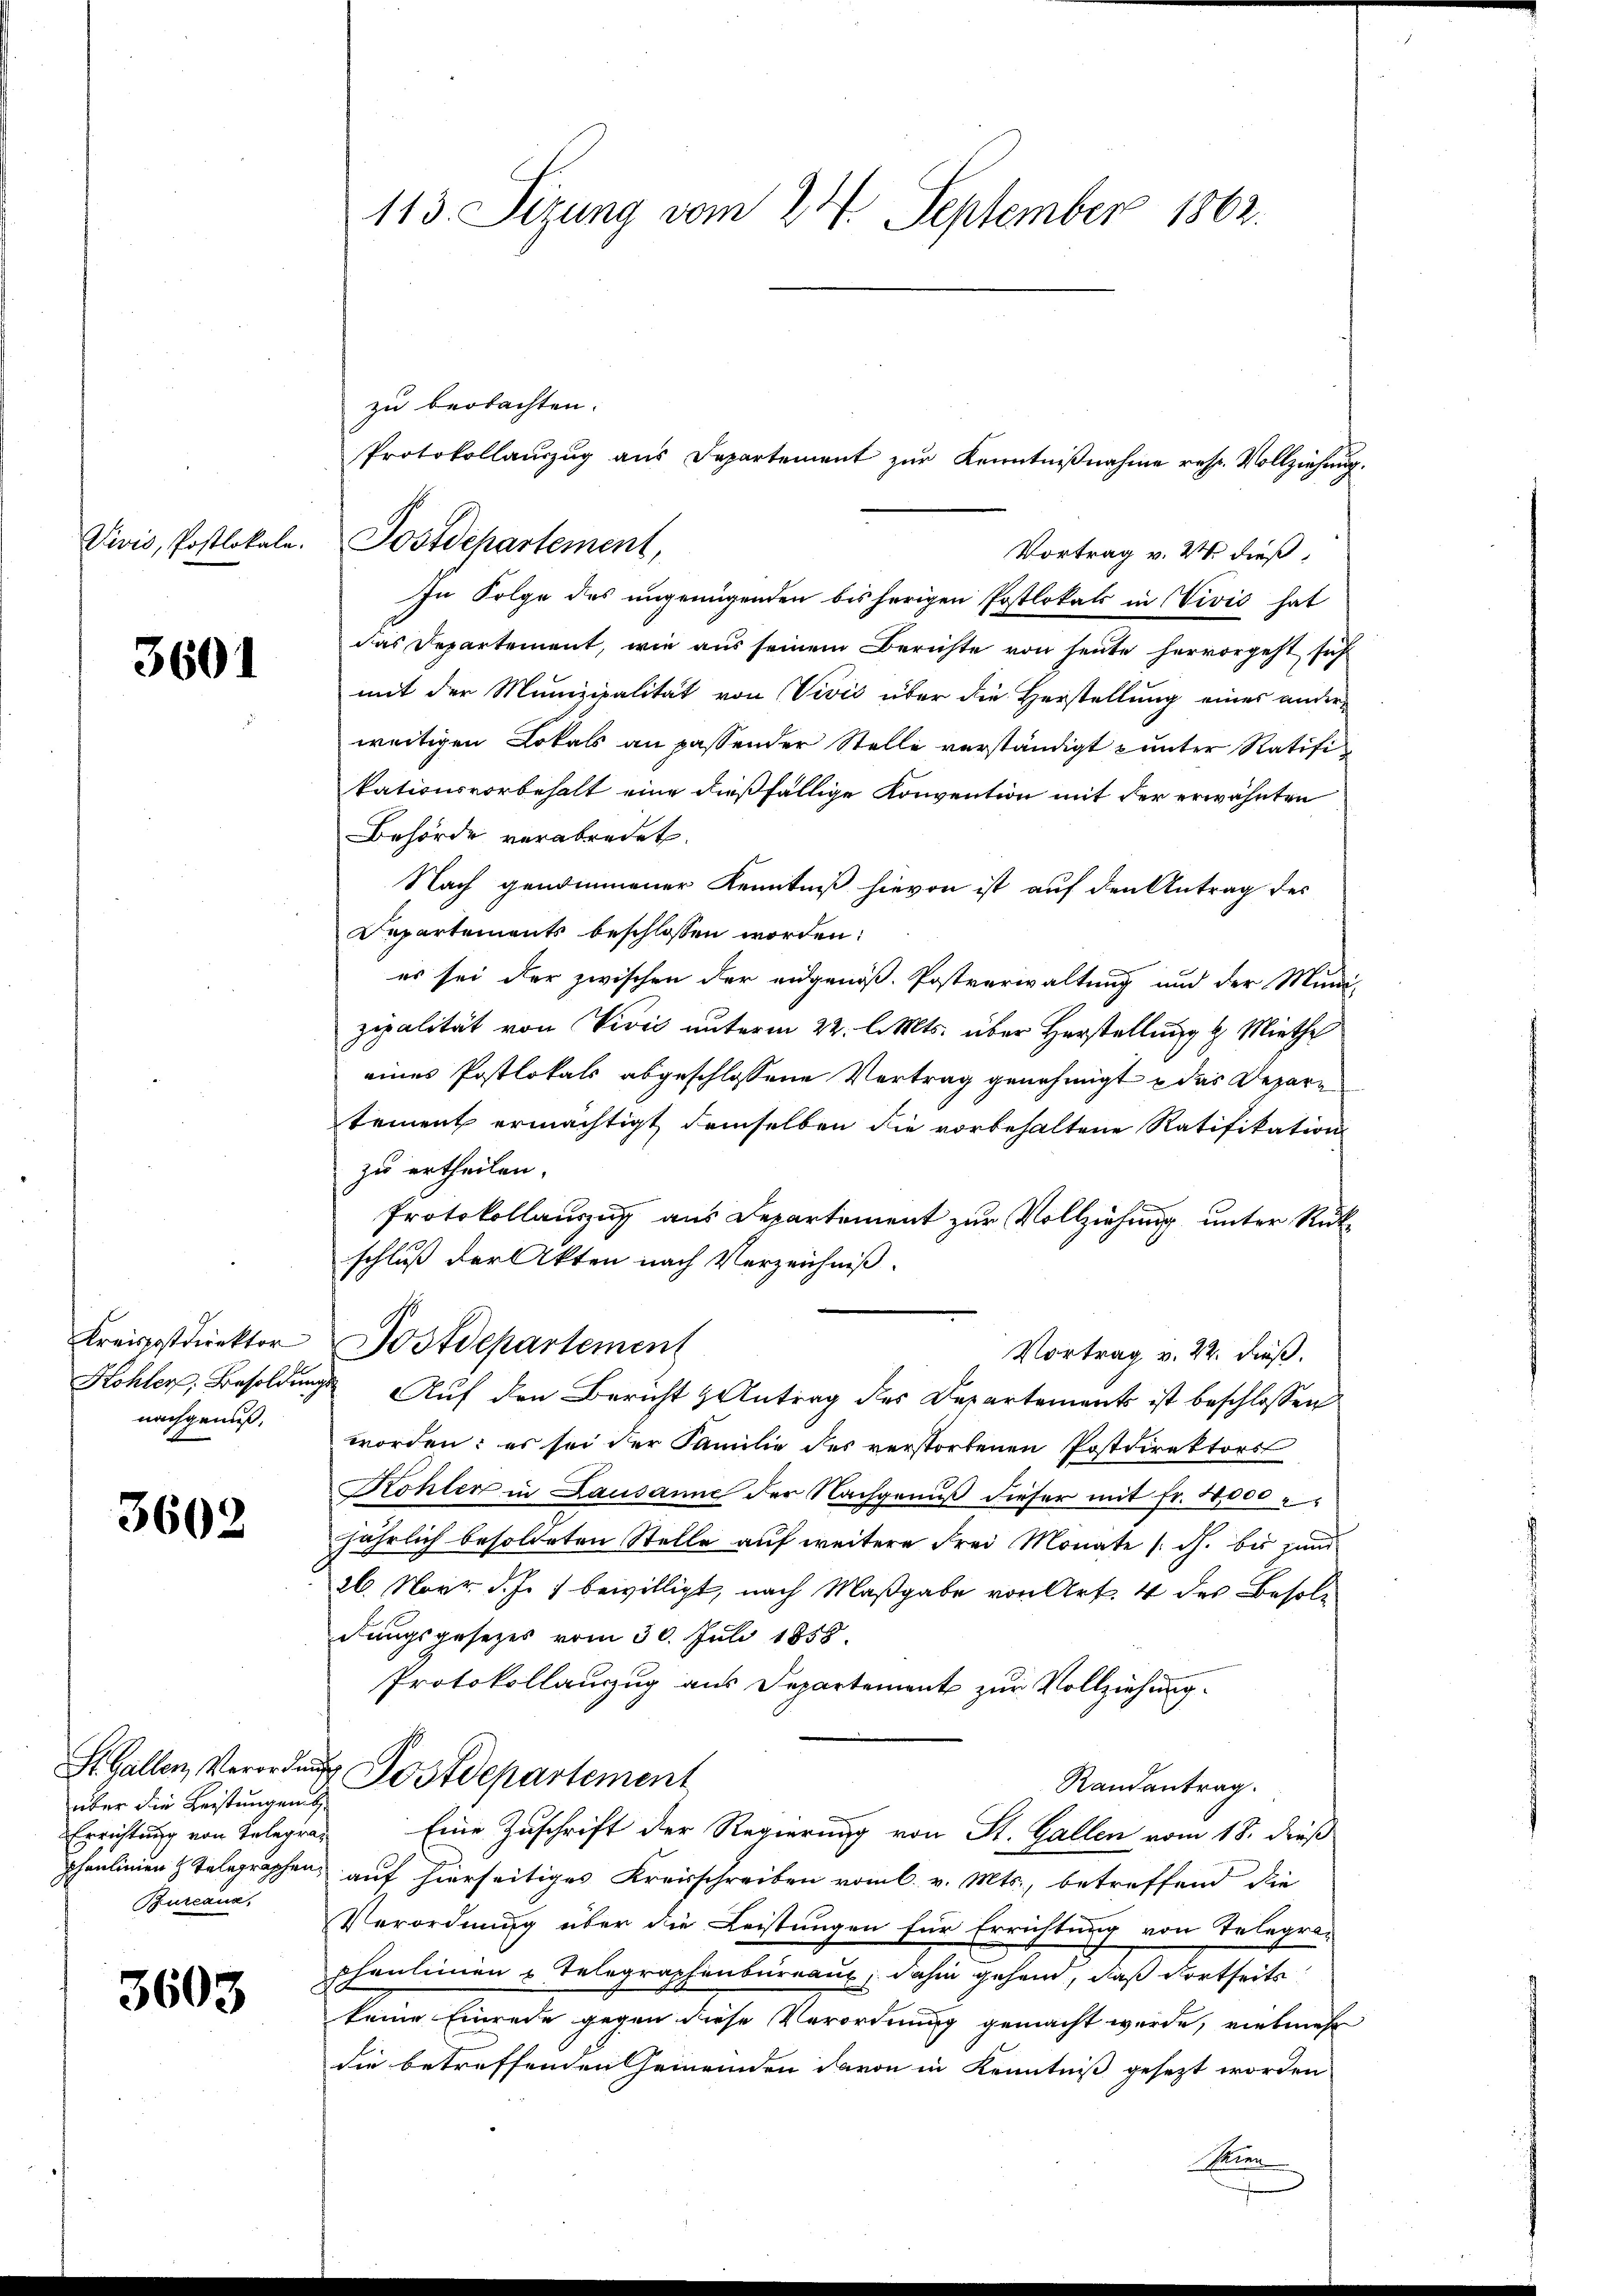
uni, Posttotale.

3601

Kreispostdirektor
Kohler, Besoldun
nachgenuß.

3602

St. Gallen, Verordnung
über die Leistungen
Errichtung von Telegra¬
Bureaux,

3603

113. Sizung vom 24. September 1862.

zu beobachten.
Protokollauszug aus Departement zur Kenntnißnahme resp. Vollziehung.
Vortrag v. 2. dieß,
In Folge des ungenügenden bisherigen Postlokals in Vivić hat
das Departement, wie aus seinem Berichte von heute hervorgeht sich
mit der Munizipalität von Vivić über die Herstellung eines ander-
weitigen Lokals an passender Stelle verständigt unter Ratifikationsvorbehalt eine dießfällige Konvention mit der erwähnten
Behörde verabredet.
Nach genommener Kenntniß hievon ist auf den Antrag des
Departements beschlossen worden:
es sei der zwischen der eidgenöß. Postverwaltung und der Muni-
zipalität von Vivić unterm 22. l. Mts. über Herstellung d. Miethe
eines Postlokals abgeschlossene Vertrag genehmigt u das Depara
tement ermächtigt, demselben die vorbehaltene Ratifikation
zu ertheilen.
Protokollauszug aus Departement zur Vollziehung unter Rükschluß der Akten nach Verzeichniß.
ostdepartement
Vortrag v. 22. dieß.
ig Auf den Bericht Antrag des Departements ist beschlossen
worden: es sei der Familie des verstorbenen Postdirektors
Kohler in Lausanne der Nachgenuß dieser mit Fr. 10000
jährlich besoldeten Stelle auf weitere Frei Monate sch. bis zum
26. Nov. d. J. bewilligt, nach Maßgabe von Art. 4 des Besoldungsgesetzes vom 30. Juli 1858.
Protokollauszug aus Departement zur Vollziehung.
Postdepartement
Randantrag.
Eine Zuschrift der Regierung von St. Gallen vom 18. dieß
phaulinien & Telegraphen, auf hierseitiges Kreisschreiben vom 6. v. Mts., betreffend die
Verordnung über die Leistungen für Errichtung von Telegraphaulinien & Telegraphenbureaus; dahin gehend, daß dortseits
keine Einrede gegen diese Verordnung gemacht wurde, vielmehr
die betreffenden Gemeinden davon in Kenntniß gesezt worden
Maien

Postdepartement,